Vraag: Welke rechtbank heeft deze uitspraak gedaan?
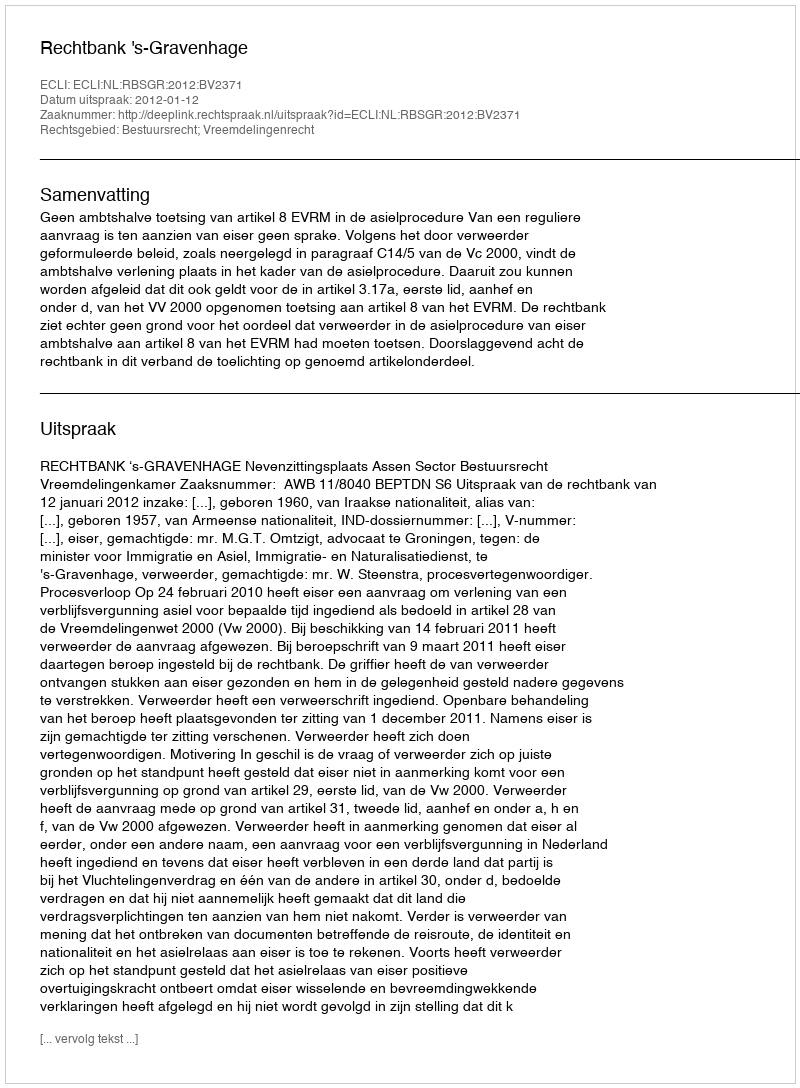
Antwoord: Rechtbank 's-Gravenhage